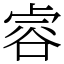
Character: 䜭